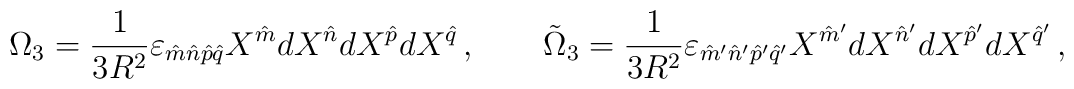
\Omega_3 = {1\over 3R^2} \varepsilon_{\hat m\hat n\hat p\hat q} X^{\hat m} dX^{\hat n}dX^{\hat p} dX^{\hat q}\,,\qquad\tilde\Omega_3  = {1\over 3R^2} \varepsilon_{\hat m'\hat n'\hat p'\hat q'} X^{\hat m'}dX^{\hat n'} dX^{\hat p'} dX^{\hat q'}\,,